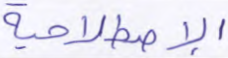
الإصطلاحية